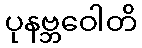
ပုနဗ္ဘဝေါတိ